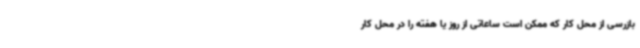
بازرسی از محل کار که ممکن است ساعاتی از روز یا هفته را در محل کار